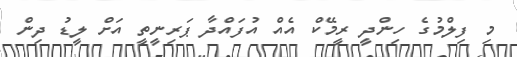
މި ފިލްމުގެ ހިންދީ ރީމޭކް އެއް އުފައްދާ ޕަރިނީތީ އަށް ލީޑު ދިން